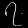
Digit: ၇